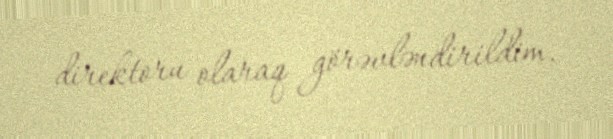
direktoru olaraq görəvləndirildim.